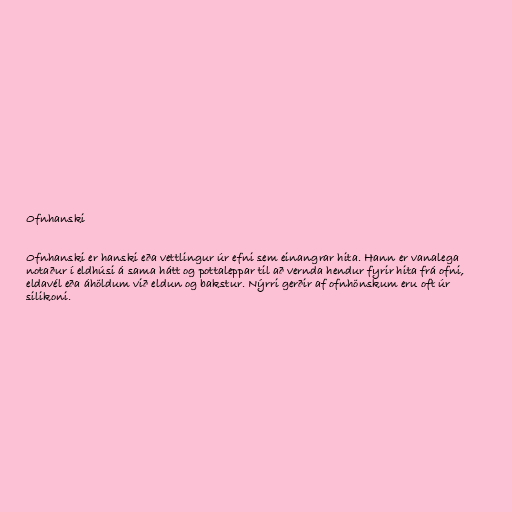
Ofnhanski

Ofnhanski er hanski eða vettlingur úr efni sem einangrar hita. Hann er vanalega
notaður í eldhúsi á sama hátt og pottaleppar til að vernda hendur fyrir hita frá ofni,
eldavél eða áhöldum við eldun og bakstur. Nýrri gerðir af ofnhönskum eru oft úr
silikoni.